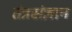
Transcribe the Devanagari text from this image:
तंत्रसंज्ञान